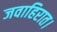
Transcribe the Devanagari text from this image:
जवाहिरात।